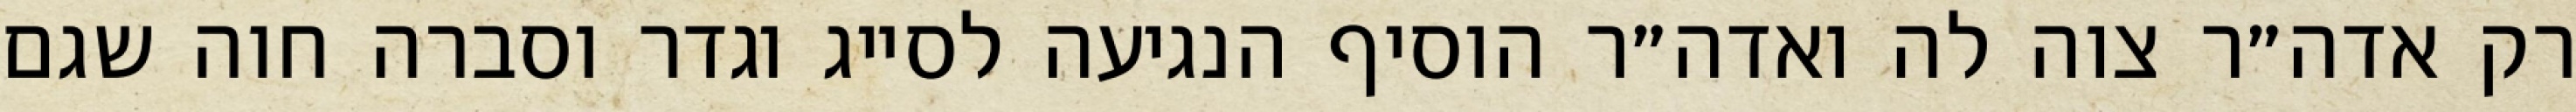
רק אדה״ר צוה לה ואדה״ר הוסיף הנגיעה לסייג וגדר וסברה חוה שגם